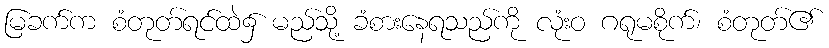
မြခက်က စံတုတ်ရင်ထဲ၌ မည်သို့ ခံစားနေရသည်ကို လုံးဝ ဂရုမစိုက်၊ စံတုတ်၏